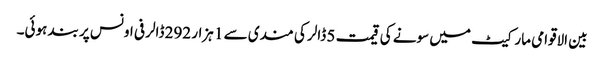
بین الاقوامی مارکیٹ میں سونے کی قیمت 5 ڈالر کی مندی سے 1 ہزار 292 ڈالر فی اونس پر بند ہوئی۔